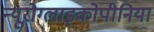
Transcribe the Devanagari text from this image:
न्यूरोग्लाइकोपीनिया